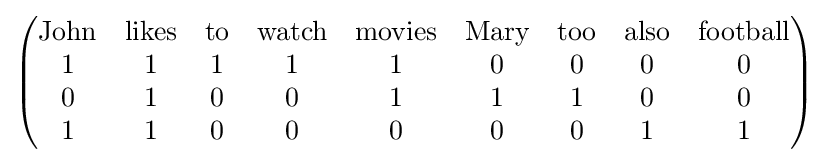
{\begin{pmatrix}{\textrm {John}}&{\textrm {likes}}&{\textrm {to}}&{\textrm {watch}}&{\textrm {movies}}&{\textrm {Mary}}&{\textrm {too}}&{\textrm {also}}&{\textrm {football}}\\1&1&1&1&1&0&0&0&0\\0&1&0&0&1&1&1&0&0\\1&1&0&0&0&0&0&1&1\end{pmatrix}}